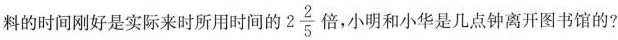
料的时间刚好是实际来时所用时间的2 $$2 \frac{2}{5}$$ 倍，小明和小华是几点钟离开图书馆的?